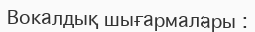
Вокалдық шығармалары :